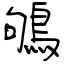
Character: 鴝